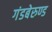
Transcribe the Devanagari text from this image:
गंडबेरुण्ड